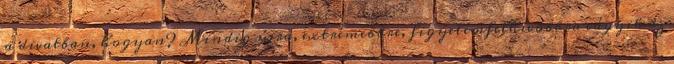
a divatban, hogyan? Mindig újra, extrémebbre, figyelemfelhívóbbra vágyik az